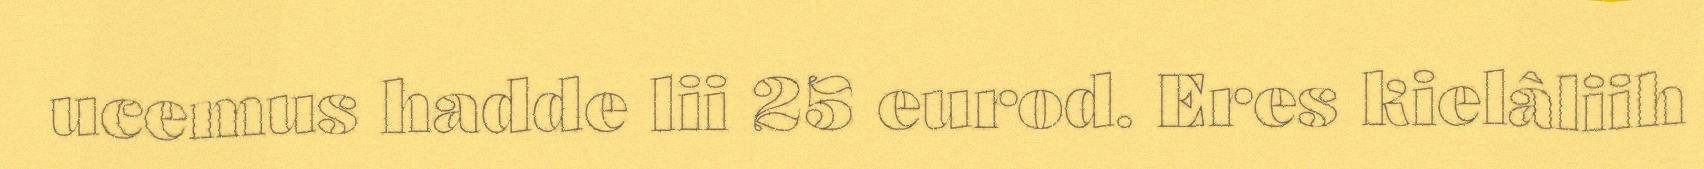
ucemus hadde lii 25 eurod. Eres kielâliih